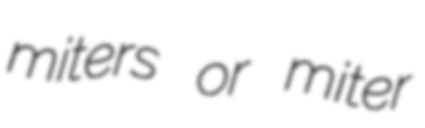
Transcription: miters or miter